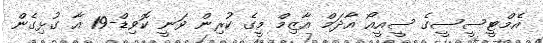
އެމްޓީސީސީގެ ސީއީއޯ އާދަމް އާޒިމް މީގެ ކުރިން ވަނީ ކޮވިޑް-19 އާ ގުޅިގެން